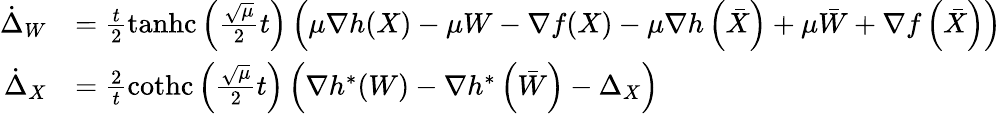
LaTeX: \begin{array}{rl}{\dot{\Delta}_{W}}&{=\frac{t}{2}\operatorname{tanhc}\left(\frac{\sqrt{\mu}}{2}t\right)\left(\mu\nabla h(X)-\mu W-\nabla f(X)-\mu\nabla h\left(\bar{X}\right)+\mu\bar{W}+\nabla f\left(\bar{X}\right)\right)}\\ {\dot{\Delta}_{X}}&{=\frac{2}{t}\operatorname{cothc}\left(\frac{\sqrt{\mu}}{2}t\right)\left(\nabla h^{*}(W)-\nabla h^{*}\left(\bar{W}\right)-\Delta_{X}\right)}\end{array}